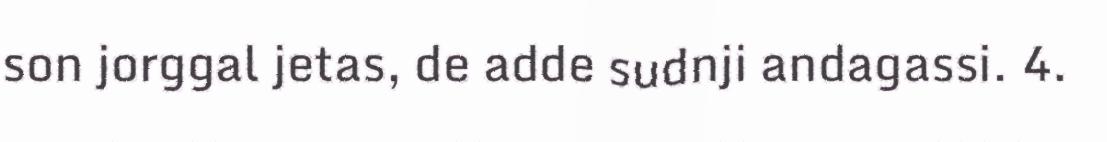
son jorggal jetas, de adde sudnji andagassi. 4.